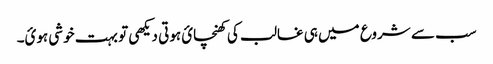
سب سے شروع میں ہی غالب کی کھنچائ ہوتی دیکھی تو بہت خوشی ہوئ۔